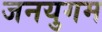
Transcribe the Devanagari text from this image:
जनयुगम